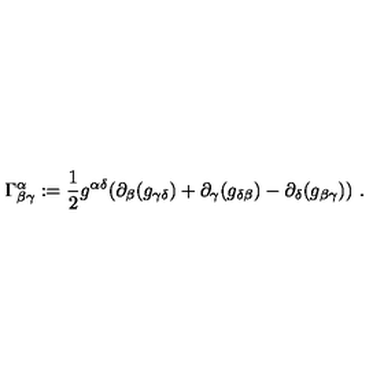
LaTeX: \Gamma _ { \beta \gamma } ^ { \alpha } : = \frac { 1 } { 2 } g ^ { \alpha \delta } ( \partial _ { \beta } ( g _ { \gamma \delta } ) + \partial _ { \gamma } ( g _ { \delta \beta } ) - \partial _ { \delta } ( g _ { \beta \gamma } ) ) \ .